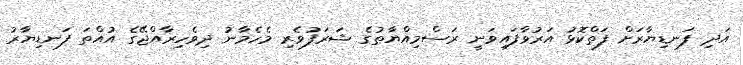
އަދި ފަނޑިޔާރަށް ފަތްކޮޅު އަރުވާފައިވަނީ ރަސްމިއްޔާތުގެ ޝަރަފުވެރި މެހެމާނު ދިވެހިރާއްޖޭގެ އުއްތަަ ފަނޑިޔާރު